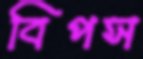
বিপস